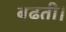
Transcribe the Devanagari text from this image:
बढती।